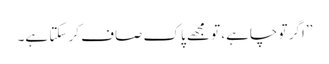
’’اگر تو چاہے، تو مجھے پاک صاف کر سکتا ہے۔